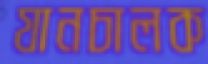
যানচালক